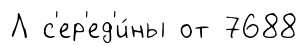
Л с'ер'ед'и́ны от 7688